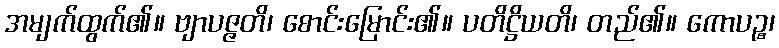
အမျက်ထွက်၏။ ဗျာပဇ္ဇတိ၊ စောင်းမြောင်း၏။ ပတိဋ္ဌိယတိ၊ တည်၏။ ကောပဉ္စ၊